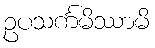
ဥပသင်္ကမိဿာမိ